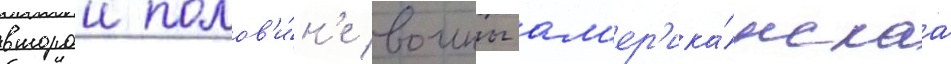
второи полов'и́н'е воины ам'ер'ика́нскаа